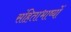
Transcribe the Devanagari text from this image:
संहिताभाष्यों